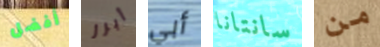
أفضل أبرز أبي سانتانا من